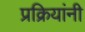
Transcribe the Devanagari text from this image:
प्रक्रियांनी